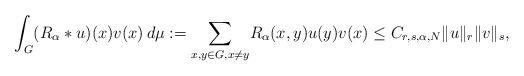
LaTeX: \begin{align*}\int_{G}(R_\alpha\ast u)(x)v(x)\,d\mu:=\underset {x,y\in G,x\neq y}{\sum}R_\alpha(x,y)u(y)v(x)\leq C_{r,s,\alpha,N}\|u\|_r\|v\|_s,\end{align*}